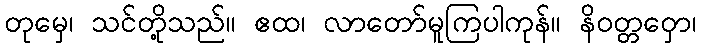
တုမှေ၊ သင်တို့သည်။ ဧထ၊ လာတော်မူကြပါကုန်။ နိဝတ္တဝှော၊